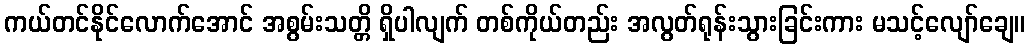
ကယ်တင်နိုင်လောက်အောင် အစွမ်းသတ္တိ ရှိပါလျက် တစ်ကိုယ်တည်း အလွတ်ရုန်းသွားခြင်းကား မသင့်လျော်ချေ။